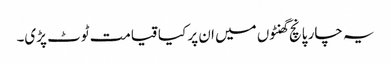
یہ چار پانچ گھنٹوں میں ان پر کیا قیامت ٹوٹ پڑی۔